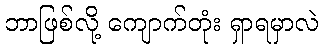
ဘာဖြစ်လို့ ကျောက်တုံး ရှာရမှာလဲ